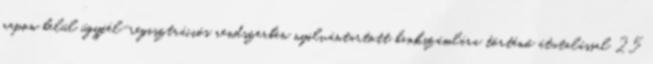
napon belül ügyfél-regisztrációs rendszerben nyilvántartott bankszámlára történő átutalással 25